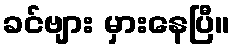
ခင်ဗျား မှားနေပြီ။